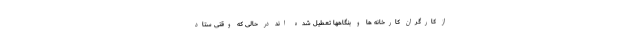
از کارگران کارخانه ها و بنگاهها تعطیل شده اند در حالی که وقتی ستاد